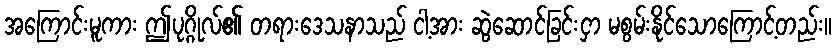
အကြောင်းမူကား ဤပုဂ္ဂိုလ်၏ တရားဒေသနာသည် ငါ့အား ဆွဲဆောင်ခြင်းငှာ မစွမ်းနိုင်သောကြောင့်တည်း။